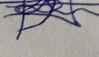
Signature authenticity: forged